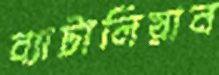
ব্যাটালিয়ান